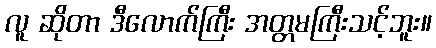
လူ ဆိုတာ ဒီလောက်ကြီး အတ္တမကြီးသင့်ဘူး။